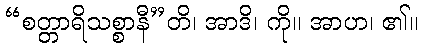
“စတ္တာရိသစ္စာနီ”တိ၊ အာဒိ၊ ကို။ အာဟ၊ ၏။